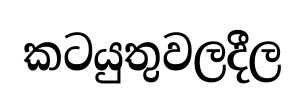
කටයුතුවලදීල